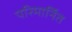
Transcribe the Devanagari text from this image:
परिमार्नित